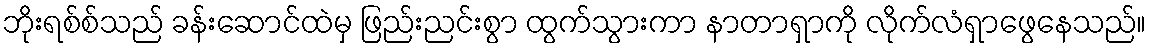
ဘိုးရစ်စ်သည် ခန်းဆောင်ထဲမှ ဖြည်းညင်းစွာ ထွက်သွားကာ နာတာရှာကို လိုက်လံရှာဖွေနေသည်။